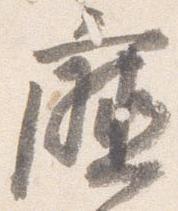
庁